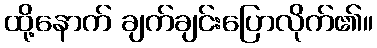
ထို့နောက် ချက်ချင်းပြောလိုက်၏။